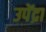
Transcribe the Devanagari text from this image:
उपेंद्रा